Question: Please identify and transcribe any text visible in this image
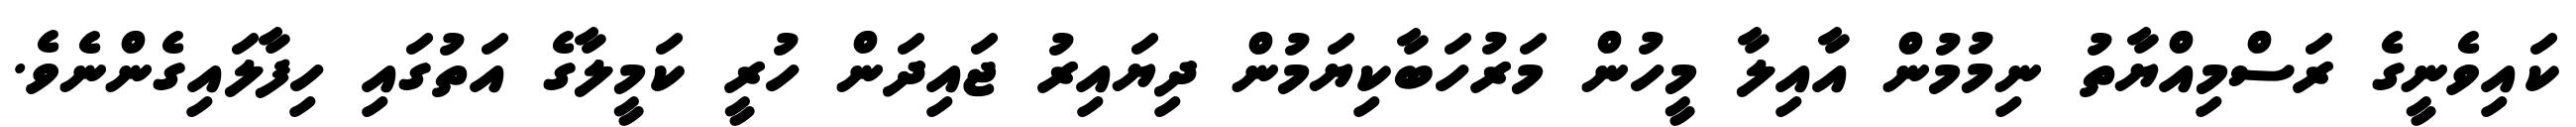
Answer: ކައިވެނީގެ ރަސްމިއްޔާތު ނިމުމުން އާއިލާ މީހުން މަރުހަބާކިޔަމުން ދިޔައިރު ޖައިދަން ހުރީ ކަމީލާގެ އަތުގައި ހިފާލައިގެންނެވެ.